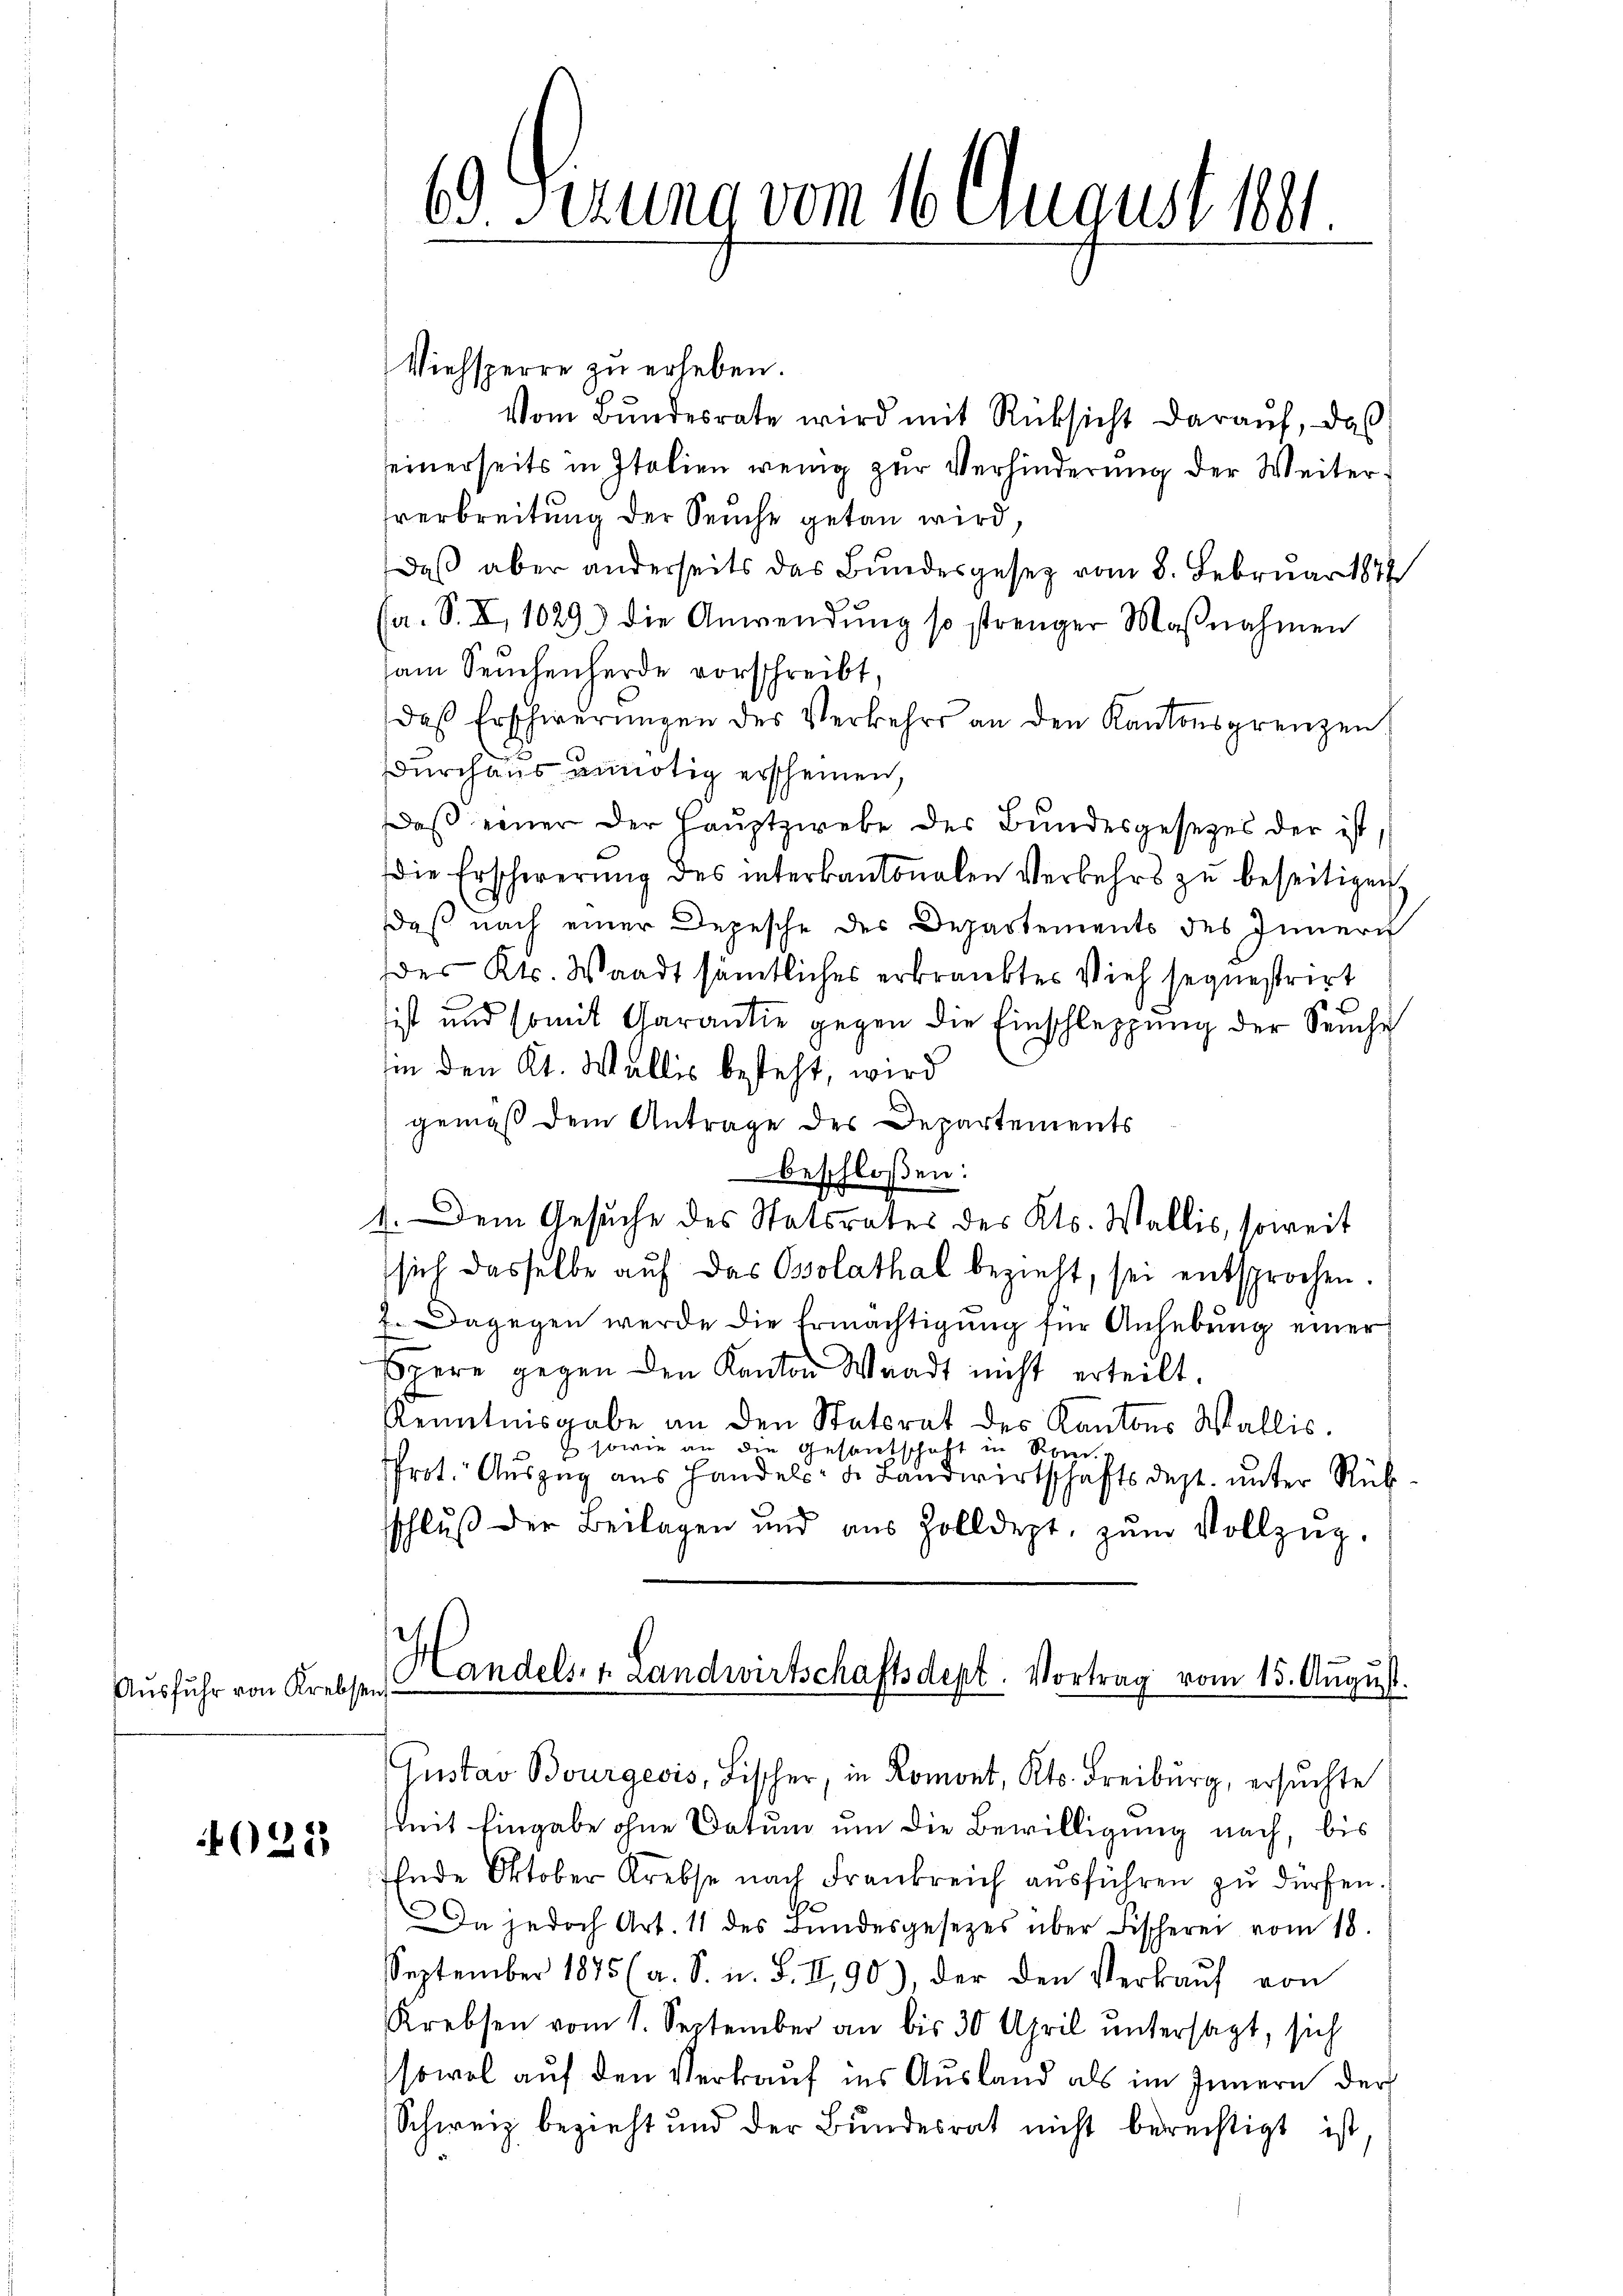
Ausfuhr von Krebsen

4025)

Viehsperre zu erheben.
Vom Bundesrate wird mit Rücksicht darauf, das
seinerseits in Italien wenig zur Verhinderung der Weiter-
verbreitung der Seuche getan wird,
daß aber anderseits das Bundesgesetz vom 8. Februar 1874
sa. S. X, 1029 die Anwendung so strenger Maβnahmen
sam Seuchenherde vorschreibt,
daß Erschwerungen des Verkehrs an den Kantonsgrenzen
.
Durchaus unnötig erscheinen,
Daß einer der Hauptzwebe des Bundesgesetzes der ist,
die Erschwerung des interkantonalen Verkehrs zŭ beseitigen,
daß nach einer Depesche des Departements des Innern
des Kts. Waadt sämtliches erkranktes Vieh sequestrirt
ist und somit Garantie gegen die Einschleppung der Seuche
hin den Kt. Wallis besteht, wird
gemäß dem Antrage des Departements
beschloßen:
4. Dem Gesuche des Statsrates des Kts. Wallis, soweit
sich dasselbe auf das Osolathal bezieht, sei entsprochen.
7. Dagegen werde die Ermächtigung für Anhebung einer
spere gegen den Kanton Waadt nicht erteilt.
Kenntnisgabe an den Statsrat des Kantons Wallis.
 sowie die Gesandschaft in S
Prot. Auszug aus Handels- u. Landwirtschaftsdept. unter Rück
sschlŭβ der Beilagen und aus Zolldept, zŭm Vollzŭg.
Handels- 1. Landwirtschaftsdept. Vortrag vom 15. August.
Gustav Bourgeois, Fischer, in Romont, Kts. Freiburg, ersuchte
mit Eingabe ohne Datum um die Bewilligung nach, bis
Ende Oktober Krebse nach Frankreich aŭsführen zŭ dürfen.
Da jedoch Art. 11 des Bŭndesgesetzes über Fischerei vom 18.
September 1875 (a. S. u. S. II, 90), der den Verkaŭf von
Krebsen vom 1. September an bis 30 April untersagt, sich
sowol auf den Verkauf ins Ausland als im Innern der
Schweiz bezieht und der Bundesrat nicht berechtigt ist

69 Sizung vom 16. August 1891